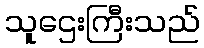
သူဌေးကြီးသည်